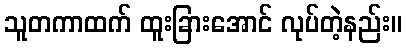
သူတကာထက် ထူးခြားအောင် လုပ်တဲ့နည်း။